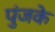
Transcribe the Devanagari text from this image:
पुंजके